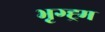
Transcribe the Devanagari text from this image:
भृग्ह्र्म